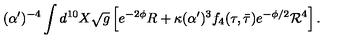
( \alpha ^ { \prime } ) ^ { - 4 } \int d ^ { 1 0 } X \sqrt { g } \left[ e ^ { - 2 \phi } R + \kappa ( \alpha ^ { \prime } ) ^ { 3 } f _ { 4 } ( \tau , \bar { \tau } ) e ^ { - \phi / 2 } { \cal R } ^ { 4 } \right] .